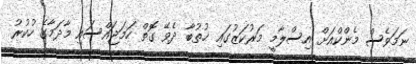
ނަމަވެސް މެންކްއަށް އިސްލާމީ މަރުކަޒުގައި ޚުތުބާ ދެވޭ ގޮތް ހަމަޖައްސައި މާދަމާގެ ހުކުރު